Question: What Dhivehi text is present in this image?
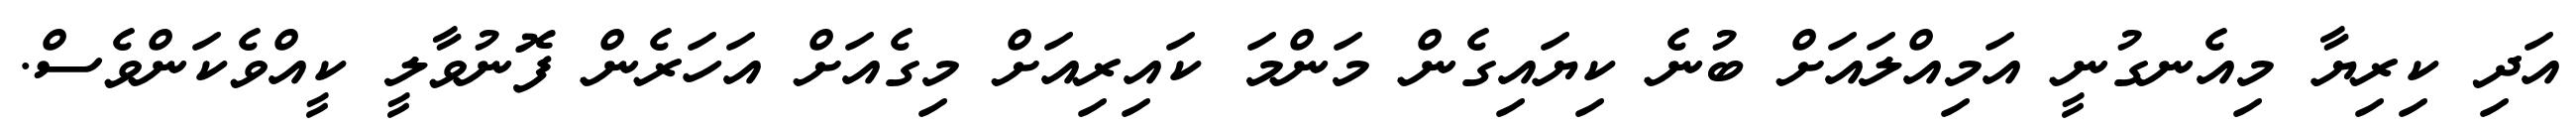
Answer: އަދި ކިރިޔާ މިއެނގުނީ އަމިއްލައަށް ބުނެ ކިޔައިގެން މަންމަ ކައިރިއަށް މިގެއަށް އަހަރެން ފޮނުވާލީ ކީއްވެކަންވެސް.